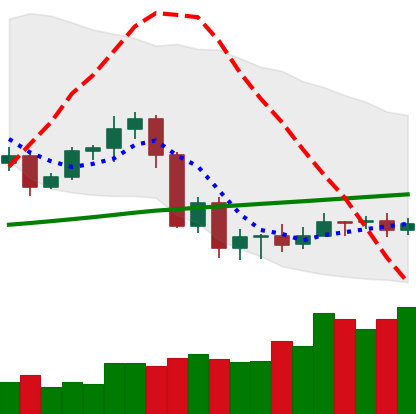
Ticker: ADA-USD
Chart end date: 2020-09-14
Forward return: -5.283%
Label: down_5_7